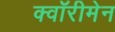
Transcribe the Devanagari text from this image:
क्वॉरीमेन